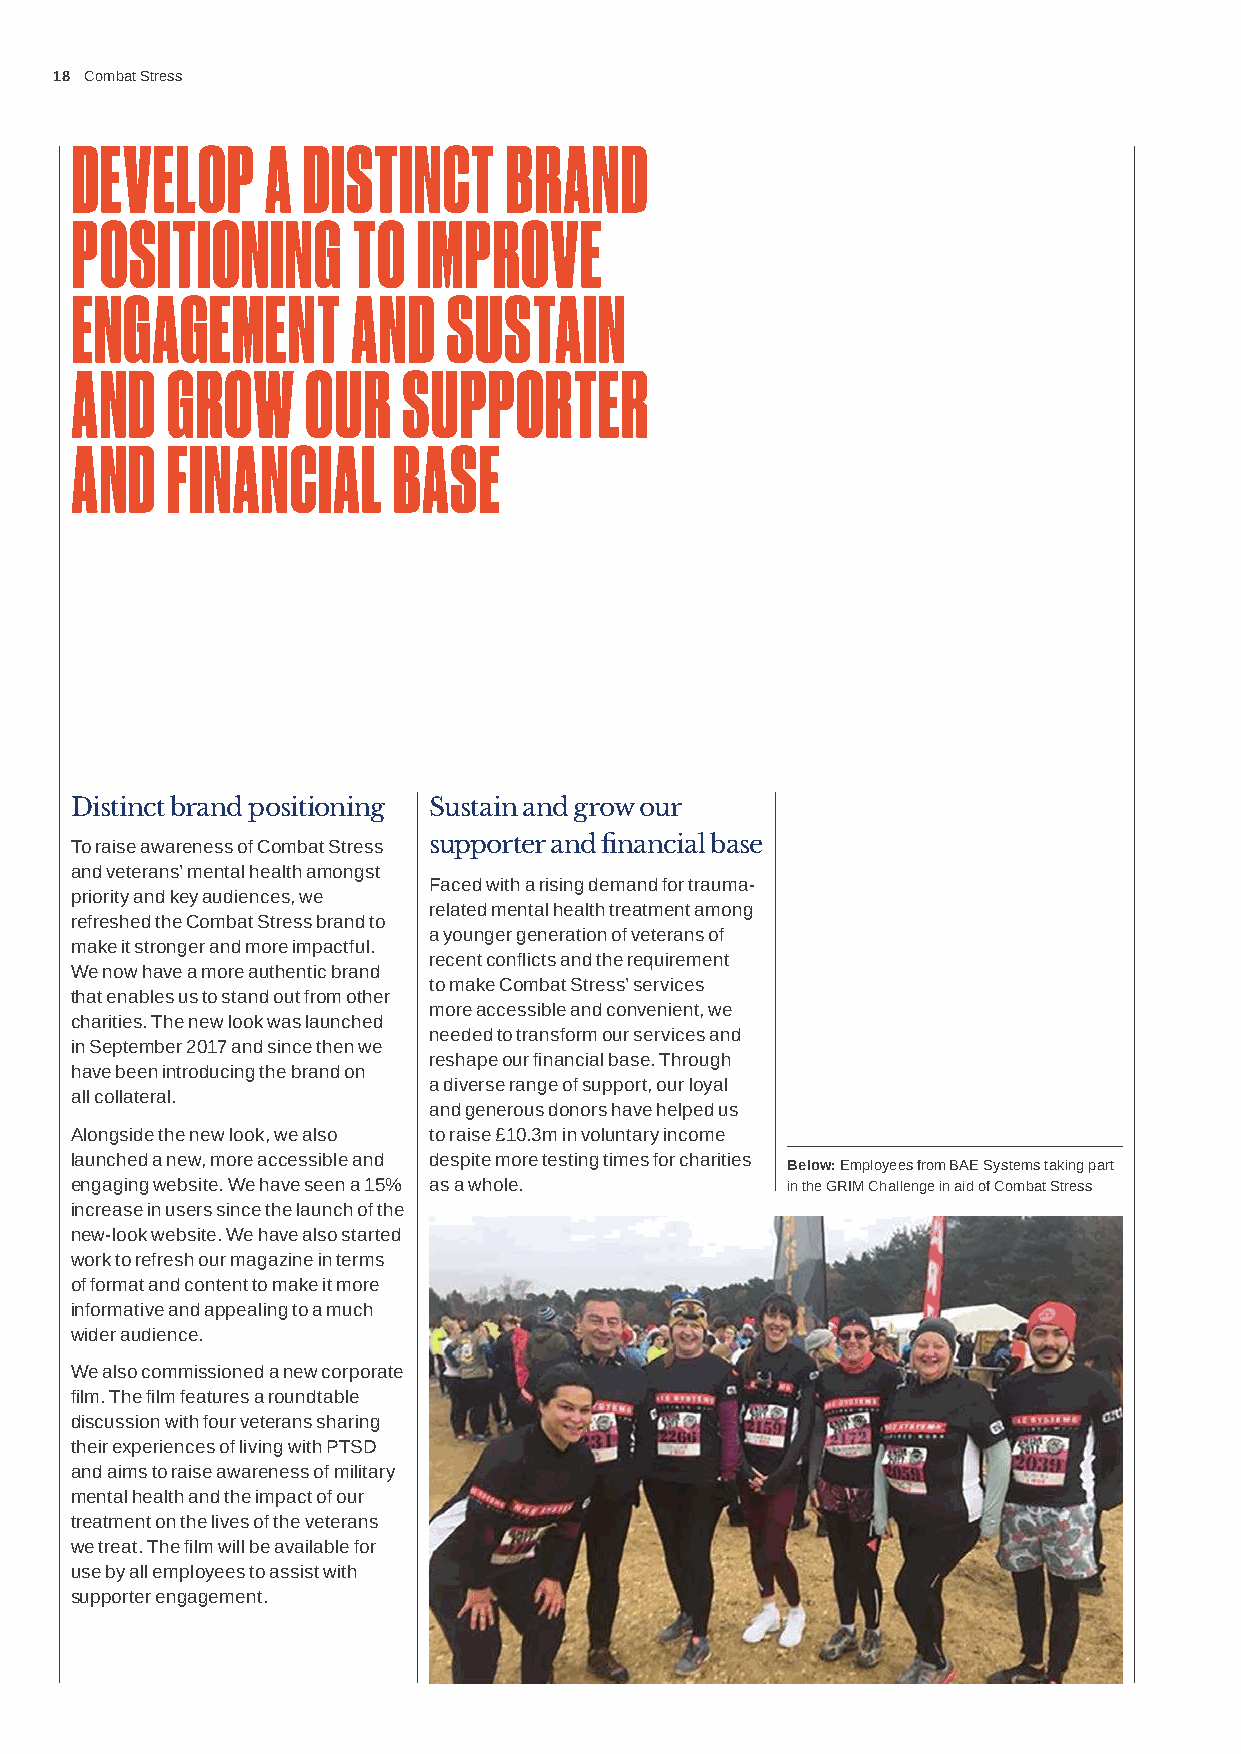
18 Combat Stress
 DEVELOP      A DISTINCT     BRAND
 POSITIONING       TO   IMPROVE
 ENGAGEMENT        AND    SUSTAIN
 AND   GROW     OUR    SUPPORTER
 AND   FINANCIAL      BASE
 Distinct brand positioning Sustain and grow our
 To raise awareness of Combat Stress supporter and financial base
 and veterans’ mental health amongst
 Faced with a rising demand for trauma-
 priority and key audiences, we
 related mental health treatment among
 refreshed the Combat Stress brand to
 a younger generation of veterans of
 make it stronger and more impactful.
 recent conflicts and the requirement
 We now have a more authentic brand
 to make Combat Stress’ services
 that enables us to stand out from other
 more accessible and convenient, we
 charities. The new look was launched
 needed to transform our services and
 in September 2017 and since then we
 reshape our financial base. Through
 have been introducing the brand on
 a diverse range of support, our loyal
 all collateral.
 and generous donors have helped us
 Alongside the new look, we also to raise £10.3m in voluntary income
 launched a new, more accessible and despite more testing times for charities
 Below: Employees from BAE Systems taking part
 engaging website. We have seen a 15% as a whole. in the GRIM Challenge in aid of Combat Stress
 increase in users since the launch of the
 new-look website. We have also started
 work to refresh our magazine in terms
 of format and content to make it more
 informative and appealing to a much
 wider audience.
 We also commissioned a new corporate
 film. The film features a roundtable
 discussion with four veterans sharing
 their experiences of living with PTSD
 and aims to raise awareness of military
 mental health and the impact of our
 treatment on the lives of the veterans
 we treat. The film will be available for
 use by all employees to assist with
 supporter engagement.